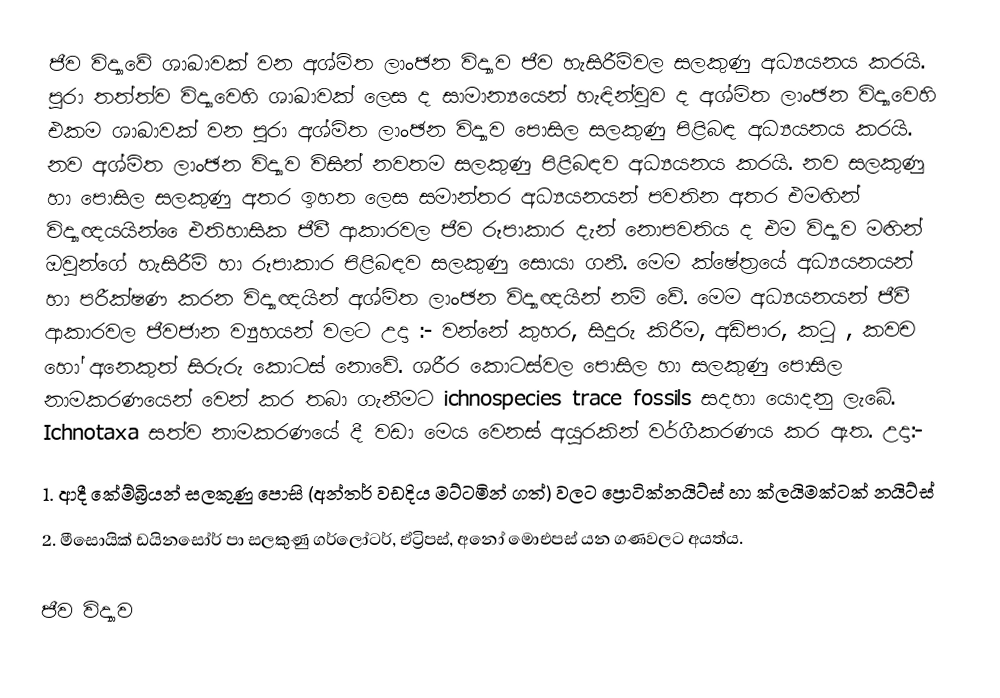
ජීව විද්‍යාවේ ශාඛාවක් වන අශ්මිත ලාංඡන විද්‍යාව ජීව හැසිරීම්වල සලකුණු අධ්‍යයනය කරයි. පුරා තත්ත්ව විද්‍යාවෙහි  ශාඛාවක් ලෙස ද සාමාන්‍යයෙන් හැඳින්වුව ද අශ්මිත ලාංඡන විද්‍යාවෙහි එකම ශාඛාවක් වන පුරා අශ්මිත ලාංඡන විද්‍යාව පොසිල සලකුණු පිළිබඳ අධ්‍යයනය කරයි. නව අශ්මිත ලාංඡන විද්‍යාව  විසින් නවතම සලකුණු පිළිබඳව අධ්‍යයනය කරයි. නව සලකුණු හා පොසිල සලකුණු අතර ඉහත ලෙස සමාන්තර අධ්‍යයනයන් පවතින අතර එමඟින් විද්‍යාඥයයින් ‍ෛඑතිහාසික ජීවී ආකාරවල ජීව රූපාකාර දැන් නොපවතිය ද එම විද්‍යාව මඟින් ඔවුන්ගේ හැසිරීම් හා රූපාකාර පිළිබඳව සලකුණු සොයා ගනී. මෙම ක්ෂේත්‍රයේ අධ්‍යයනයන් හා පරීක්ෂණ කරන විද්‍යාඥයින් අශ්මිත ලාංඡන විද්‍යාඥයින් නම් වේ. මෙම අධ්‍යයනයන් ජීවී ආකාරවල ජීවජාන ව්‍යුහයන් වලට උදා :- වන්නේ කුහර, සිදුරු කිරීම, අඩිපාර, කටු , කවච හෝ අනෙකුත් සිරුරු කොටස් නොවේ. ශරීර කොටස්වල පොසිල හා සලකුණු පොසිල නාමකරණයෙන් වෙන් කර තබා ගැනීමට ichnospecies trace fossils සදහා යොදනු ලැබේ. Ichnotaxa සත්ව නාමකරණයේ දී වඩා මෙය වෙනස් අයුරකින් වර්ගීකරණය කර ඇත. උදා:-
1.	ආදී කේම්බ්‍රියන් සලකුණු පොසි (අන්තර් වඩදිය මට්ටමින් ගත්) වලට ප්‍රොටික්නයිට්ස් හා ක්ලයිමක්ටක් නයිට්ස්
2.	මීසොයික් ඩයිනසෝර් පා සලකුණු ගර්ලෝටර්, ඒට්‍රිපස්, අනෝ මොඑපස් යන ගණවලට අයත්ය.

ජීව විද්‍යාව